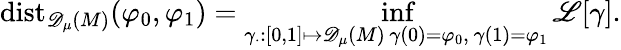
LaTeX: \mathrm{dist}_{{\mathscr{D}_{\mu}(M)}}(\varphi_{0},\varphi_{1})=\operatorname*{inf}_{\substack{\gamma_{\cdot}:[0,1]\mapsto{\mathscr{D}_{\mu}(M)}\, \gamma(0)=\varphi_{0},\ \gamma(1)=\varphi_{1}}}\mathscr{L}[\gamma].